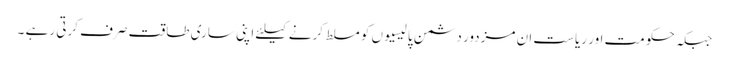
جبکہ حکومت اور ریاست ان مزدور دشمن پالیسیوں کو مسلط کرنے کیلئے اپنی ساری طاقت صرف کرتی رہے ۔